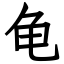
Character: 龟